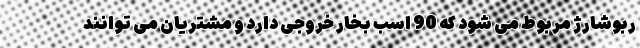
ربوشارژ مربوط می شود که 90 اسب بخار خروجی دارد و مشتریان می توانند